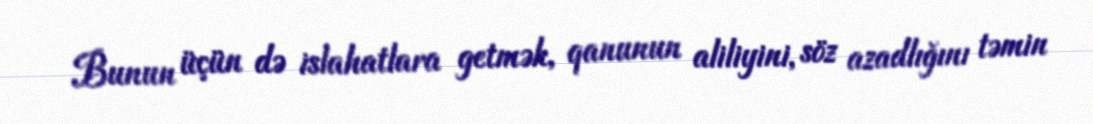
Bunun üçün də islahatlara getmək, qanunun aliliyini, söz azadlığını təmin